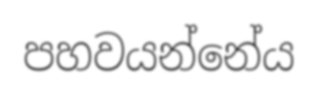
පහවයන්නේය